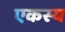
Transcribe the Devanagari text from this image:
एकस्य